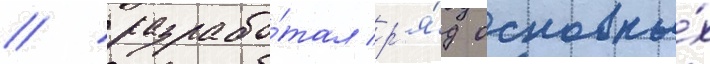
/ разрабо́тал р'я́д основны́х